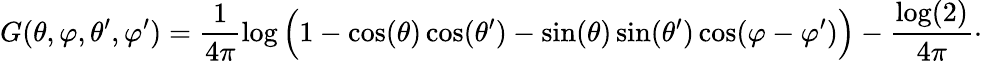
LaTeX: G(\theta,\varphi,\theta^{\prime},\varphi^{\prime})=\frac{1}{4\pi}\log\Big(1-\cos(\theta)\cos(\theta^{\prime})-\sin(\theta)\sin(\theta^{\prime})\cos(\varphi-\varphi^{\prime})\Big)-\frac{\log(2)}{4\pi}\cdot